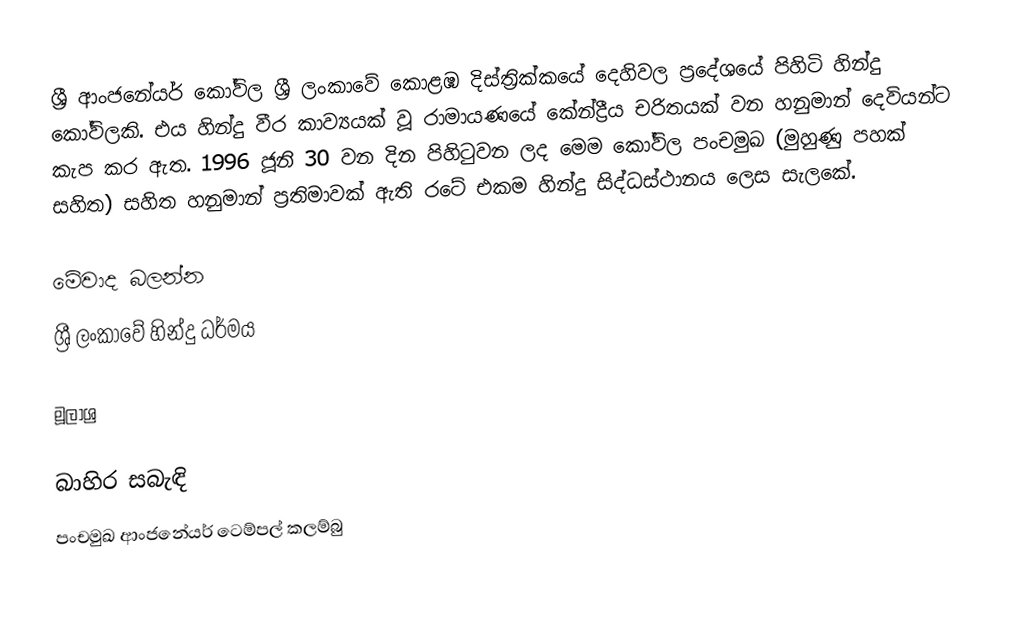
ශ්‍රී ආංජනේයර් කෝවිල ශ්‍රී ලංකාවේ කොළඹ දිස්ත්‍රික්කයේ දෙහිවල ප්‍රදේශයේ පිහිටි හින්දු කෝවිලකි. එය හින්දු වීර කාව්‍යයක් වූ රාමායණයේ කේන්ද්‍රීය චරිතයක් වන හනුමාන් දෙවියන්ට කැප කර ඇත. 1996 ජූනි 30 වන දින පිහිටුවන ලද මෙම කෝවිල පංචමුඛ (මුහුණු පහක් සහිත) සහිත හනුමාන් ප්‍රතිමාවක් ඇති රටේ එකම හින්දු සිද්ධස්ථානය ලෙස සැලකේ.

මේවාද බලන්න
ශ්‍රී ලංකාවේ හින්දු ධර්මය

මූලාශ්‍ර

බාහිර සබැඳි
පංචමුඛ ආංජනේයර් ටෙම්පල් කලම්බු